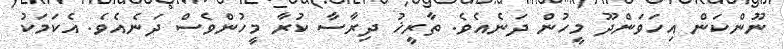
ނޫންކަން އިހަވަންދޫ މީހުން ދަނެއެވެ. ތާރީޚު ދިރާސާ ކުރާ މީހުންވެސް ދަނެއެވެ. އެކަމަކު